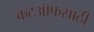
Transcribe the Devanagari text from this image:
कटऑफसाठी